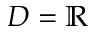
D = \mathbb { R }